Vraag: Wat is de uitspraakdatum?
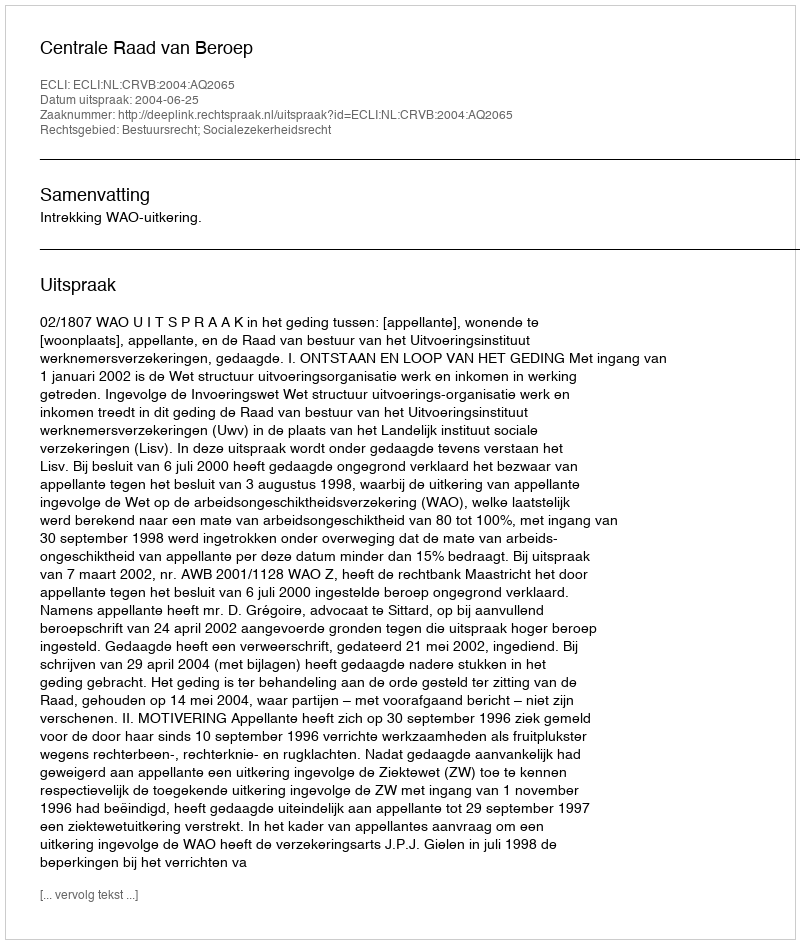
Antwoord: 2004-06-25